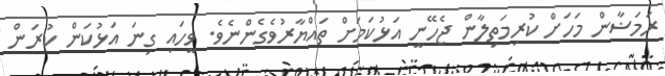
ރަމަޟާން މަހަށް ކުރިމަތިލާން ޖެހޭނީ އަޅުކަމަށް ތައްޔާރުވެގެންނެވެ. ވީހައި ގިނަ އަޅުކަން ކުރަން